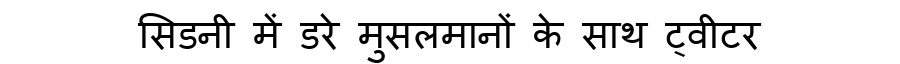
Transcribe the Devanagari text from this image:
सिडनी में डरे मुसलमानों के साथ ट्वीटर